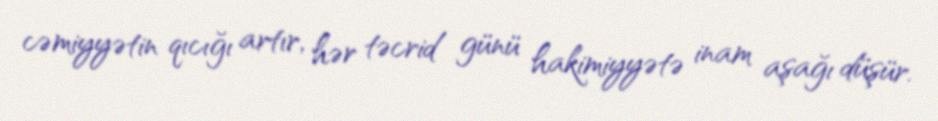
cəmiyyətin qıcığı artır, hər təcrid günü hakimiyyətə inam aşağı düşür.